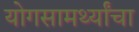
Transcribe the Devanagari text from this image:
योगसामर्थ्यांचा